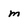
Character: m